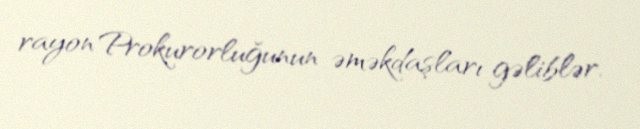
rayon Prokurorluğunun əməkdaşları gəliblər.